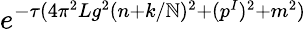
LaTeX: e^{-\tau(4\pi^{2}Lg^{2}(n+k/\mathbb{N})^{2}+(p^{I})^{2}+m^{2})}